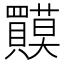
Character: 𲂷